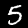
Label: 5